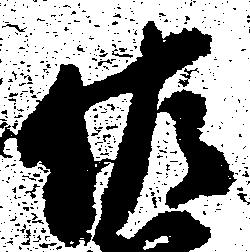
佐